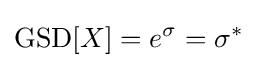
\operatorname {GSD} [X]=e^{\sigma }=\sigma ^{*}